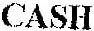
CASH